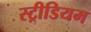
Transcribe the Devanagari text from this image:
स्ट्रीडियम